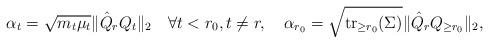
LaTeX: \begin{align*}\alpha_t= \sqrt{m_t\mu_t}\|\hat Q_rQ_t\|_2\quad\forall t<r_0,t\neq r,\quad\alpha_{r_0}=\sqrt{\operatorname{tr}_{\geq r_0}(\Sigma)}\|\hat Q_rQ_{\geq r_0}\|_2,\end{align*}